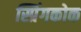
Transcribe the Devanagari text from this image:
स्प्रिंगकोक